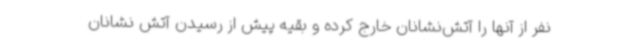
نفر از آنها را آتش‌نشانان خارج کرده و بقیه پیش از رسیدن آتش نشانان